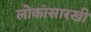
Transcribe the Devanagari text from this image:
लोकांसारखी